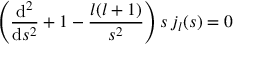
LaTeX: \Biggr ( \frac { \mathrm { d } ^ { 2 } } { \mathrm { d } s ^ { 2 } } + 1 - \frac { l ( l + 1 ) } { s ^ { 2 } } \Biggl ) \, s \, j _ { l } ( s ) = 0